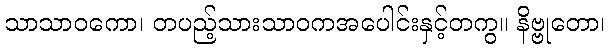
သာသာဝကော၊ တပည့်သားသာဝကအပေါင်းနှင့်တကွ။ နိဗ္ဗုတော၊